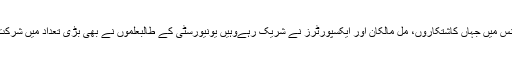
کانفرنس میں جہاں کاشتکاروں، مل مالکان اور ایکسپورٹرز نے شریک رہےوہیں یونیورسٹی کے طالبعلموں نے بھی بڑی تعداد میں شرکت کی۔